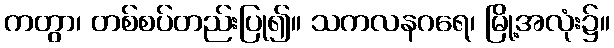
ကတွာ၊ တစ်စပ်တည်းပြု၍။ သကလနဂရေ၊ မြို့အလုံး၌။